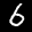
Label: 6